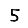
Digit: 5